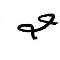
2